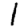
Digit: 1